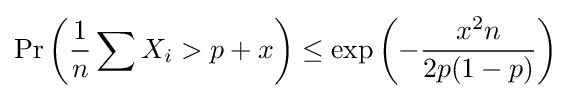
\Pr \left({\frac {1}{n}}\sum X_{i}>p+x\right)\leq \exp \left(-{\frac {x^{2}n}{2p(1-p)}}\right)